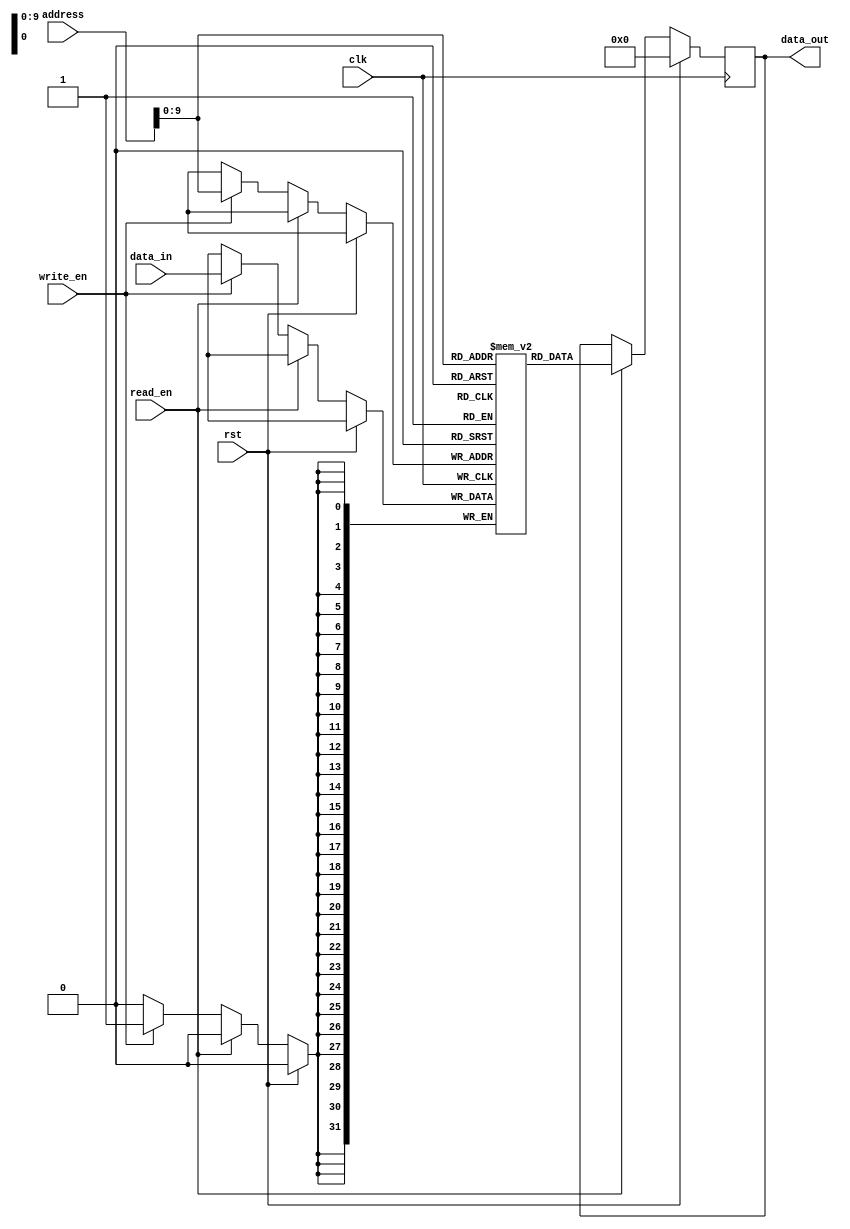
module MemoryBlocks_RLDRAM (
  input wire clk,
  input wire rst,
  input wire [31:0] address,
  input wire [31:0] data_in,
  output reg [31:0] data_out,
  input wire read_en,
  input wire write_en
);

reg [31:0] memory [0:1023]; // Memory block with 1024 locations
reg [31:0] data_temp;

always @(posedge clk) begin
  if (rst) begin
    data_out <= 0;
  end else begin
    if (read_en) begin
      data_out <= memory[address];
    end else if (write_en) begin
      memory[address] <= data_in;
    end
  end
end

endmodule